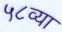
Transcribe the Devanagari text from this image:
५८व्या